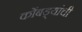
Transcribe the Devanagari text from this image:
कोंबड्यांची